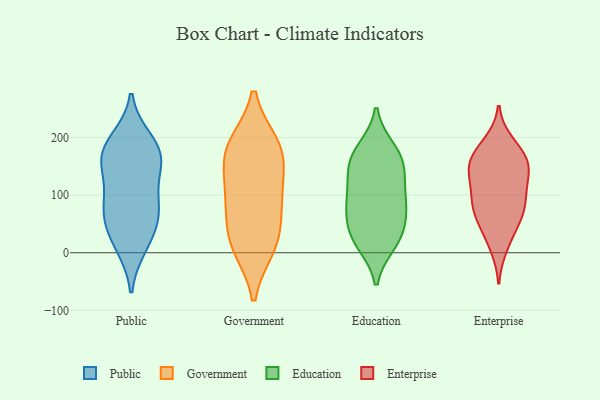
{"axis": {"x": "Revenue (USD Million)", "y": "Value"}, "legend": ["Education", "Enterprise", "Government", "Public"], "data": [{"x": "", "y": 12, "type": "Public"}, {"x": "", "y": 158, "type": "Public"}, {"x": "", "y": 180, "type": "Public"}, {"x": "", "y": 57, "type": "Public"}, {"x": "", "y": 19, "type": "Public"}, {"x": "", "y": 59, "type": "Public"}, {"x": "", "y": 154, "type": "Public"}, {"x": "", "y": 74, "type": "Public"}, {"x": "", "y": 157, "type": "Public"}, {"x": "", "y": 88, "type": "Public"}, {"x": "", "y": 195, "type": "Public"}, {"x": "", "y": 180, "type": "Public"}, {"x": "", "y": 103, "type": "Public"}, {"x": "", "y": 82, "type": "Government"}, {"x": "", "y": 158, "type": "Government"}, {"x": "", "y": 107, "type": "Government"}, {"x": "", "y": 186, "type": "Government"}, {"x": "", "y": 177, "type": "Government"}, {"x": "", "y": 18, "type": "Government"}, {"x": "", "y": 11, "type": "Government"}, {"x": "", "y": 183, "type": "Government"}, {"x": "", "y": 93, "type": "Government"}, {"x": "", "y": 24, "type": "Government"}, {"x": "", "y": 17, "type": "Education"}, {"x": "", "y": 121, "type": "Education"}, {"x": "", "y": 138, "type": "Education"}, {"x": "", "y": 77, "type": "Education"}, {"x": "", "y": 149, "type": "Education"}, {"x": "", "y": 21, "type": "Education"}, {"x": "", "y": 31, "type": "Education"}, {"x": "", "y": 92, "type": "Education"}, {"x": "", "y": 36, "type": "Education"}, {"x": "", "y": 77, "type": "Education"}, {"x": "", "y": 170, "type": "Education"}, {"x": "", "y": 179, "type": "Education"}, {"x": "", "y": 166, "type": "Education"}, {"x": "", "y": 81, "type": "Education"}, {"x": "", "y": 157, "type": "Enterprise"}, {"x": "", "y": 59, "type": "Enterprise"}, {"x": "", "y": 100, "type": "Enterprise"}, {"x": "", "y": 68, "type": "Enterprise"}, {"x": "", "y": 191, "type": "Enterprise"}, {"x": "", "y": 155, "type": "Enterprise"}, {"x": "", "y": 10, "type": "Enterprise"}, {"x": "", "y": 123, "type": "Enterprise"}, {"x": "", "y": 135, "type": "Enterprise"}, {"x": "", "y": 104, "type": "Enterprise"}, {"x": "", "y": 150, "type": "Enterprise"}, {"x": "", "y": 185, "type": "Enterprise"}, {"x": "", "y": 27, "type": "Enterprise"}, {"x": "", "y": 70, "type": "Enterprise"}, {"x": "", "y": 93, "type": "Enterprise"}, {"x": "", "y": 163, "type": "Enterprise"}, {"x": "", "y": 67, "type": "Enterprise"}, {"x": "", "y": 154, "type": "Enterprise"}]}